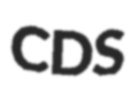
CDS